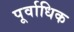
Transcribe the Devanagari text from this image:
पूर्वाधिक